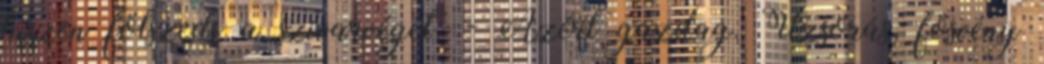
hiszen fölszedi a szivarvéget. - Azért gazdag. Uzsorás, fösvény